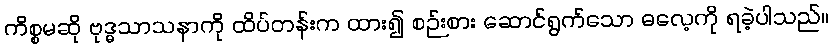
ကိစ္စမဆို ဗုဒ္ဓသာသနာကို ထိပ်တန်းက ထား၍ စဉ်းစား ဆောင်ရွက်သော ဓလေ့ကို ရခဲ့ပါသည်။